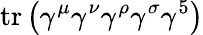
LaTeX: \operatorname{tr}\left(\gamma^{\mu}\gamma^{\nu}\gamma^{\rho}\gamma^{\sigma}\gamma^{5}\right)